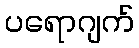
ပရောဂျက်